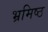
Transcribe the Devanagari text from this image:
भ्रमिष्ठ